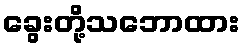
ခွေးတို့သဘောထား